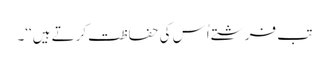
تب فرشتے اُس کی حفاظت کرتے ہیں‘‘۔